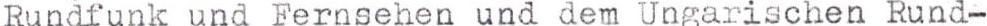
Runafunk und Fernsehen und dem Ungarischen Rund-